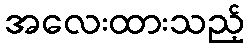
အလေးထားသည့်